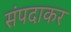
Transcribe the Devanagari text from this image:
संपदाकर